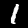
Digit: 1